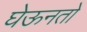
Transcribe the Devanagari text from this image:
घेऊनतो